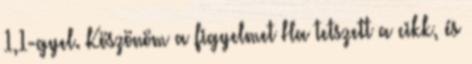
1,1-gyel. Köszönöm a figyelmet Ha tetszett a cikk, és